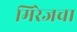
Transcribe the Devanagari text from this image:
मिरेजचा